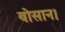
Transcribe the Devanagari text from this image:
बोसान।